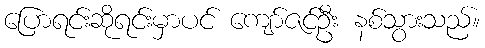
ပြောရင်းဆိုရင်းမှာပင် ကျော်ဇင်ဦး နစ်သွားသည်။